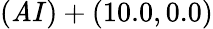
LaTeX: (\mathit{A}I)+(10.0,0.0)